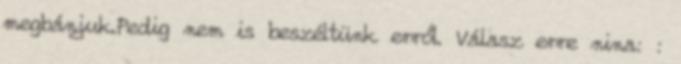
megbánjuk.Pedig nem is beszéltünk erről. Válasz erre nina: :